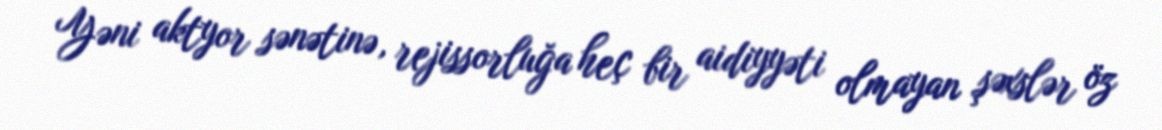
Yəni aktyor sənətinə, rejissorluğa heç bir aidiyyəti olmayan şəxslər öz